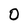
Character: O